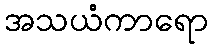
အသယံကာရော